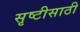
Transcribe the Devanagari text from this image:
सृष्टीसाठी